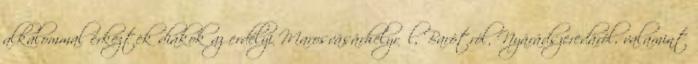
alkalommal érkeztek diákok az erdélyi Marosvásárhelyről, Barótról, Nyárádszeredáról, valamint